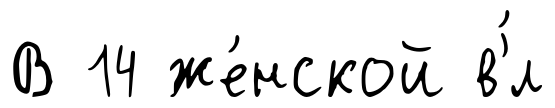
В 14 же́нской в'́л